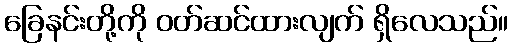
ခြေနင်းတို့ကို ဝတ်ဆင်ထားလျက် ရှိလေသည်။